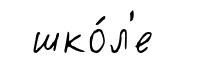
шко́л'е